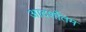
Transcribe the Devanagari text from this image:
आदर्शोतम